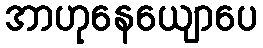
အာဟုနေယျောပေ